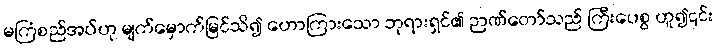
မကြံစည်အပ်ဟု မျက်မှောက်မြင်သိ၍ ဟောကြားသော ဘုရားရှင်၏ ဉာဏ်တော်သည် ကြီးပေစွ ဟူ၍၎င်း